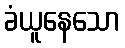
ခံယူနေသော